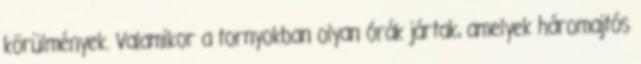
körülmények. Valamikor a tornyokban olyan órák jártak, amelyek háromajtós